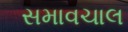
સમાવચાલ